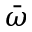
\bar { \omega }